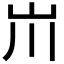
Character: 𡵅